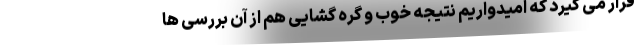
قرار می گیرد که امیدواریم نتیجه خوب و گره گشایی هم از آن بررسی ها